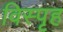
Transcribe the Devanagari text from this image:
विस्पृह